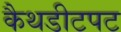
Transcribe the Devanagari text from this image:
कैथडीटपट